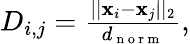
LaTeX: \begin{array}{r}{D_{i,j}=\frac{||\mathbf{x}_{i}-\mathbf{x}_{j}||_{2}}{d_{\mathrm{~n~o~r~m~}}},}\end{array}